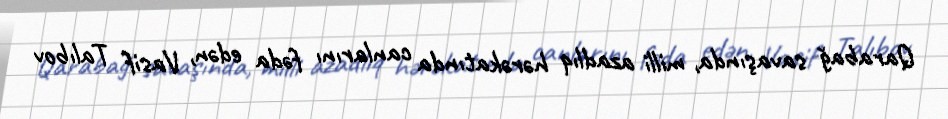
Qarabağ savaşında, milli azadlıq hərəkatında canlarını fəda edən, Vasif Talıbov